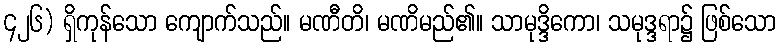
၄၂၆) ရှိကုန်သော ကျောက်သည်။ မဏီတိ၊ မဏိမည်၏။ သာမုဒ္ဒိကော၊ သမုဒ္ဒရာ၌ ဖြစ်သော